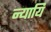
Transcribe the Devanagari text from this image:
न्यायि